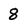
Character: 8